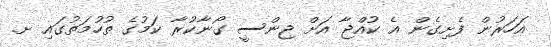
އަހަރުން ފެށިގެން އެ ކުއްޖާ އަށް ޖިންސީ ގޯނާކުރާ ކަމުގެ ތުހުމަތުގައި ށ.